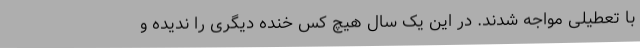
با تعطیلی مواجه شدند. در این یک سال هیچ کس خنده دیگری را ندیده و